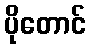
ပိုတောင်